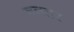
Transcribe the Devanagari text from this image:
ननतर